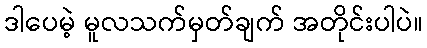
ဒါပေမဲ့ မူလသက်မှတ်ချက် အတိုင်းပါပဲ။